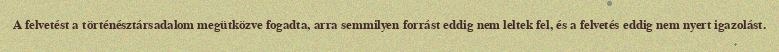
A felvetést a történésztársadalom megütközve fogadta, arra semmilyen forrást eddig nem leltek fel, és a felvetés eddig nem nyert igazolást.